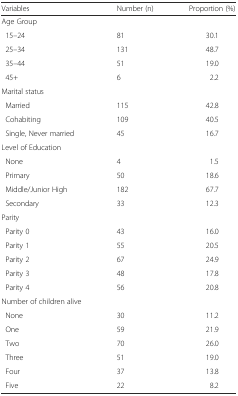
<table><thead><tr><td><b>Variables</b></td><td><b>Number (n)</b></td><td><b>Proportion (%)</b></td></tr></thead><tbody><tr><td>Age Group</td><td></td><td></td></tr><tr><td> 15–24</td><td>81</td><td>30.1</td></tr><tr><td> 25–34</td><td>131</td><td>48.7</td></tr><tr><td> 35–44</td><td>51</td><td>19.0</td></tr><tr><td> 45+</td><td>6</td><td>2.2</td></tr><tr><td>Marital status</td><td></td><td></td></tr><tr><td> Married</td><td>115</td><td>42.8</td></tr><tr><td> Cohabiting</td><td>109</td><td>40.5</td></tr><tr><td> Single, Never married</td><td>45</td><td>16.7</td></tr><tr><td>Level of Education</td><td></td><td></td></tr><tr><td> None</td><td>4</td><td>1.5</td></tr><tr><td> Primary</td><td>50</td><td>18.6</td></tr><tr><td> Middle/Junior High</td><td>182</td><td>67.7</td></tr><tr><td> Secondary</td><td>33</td><td>12.3</td></tr><tr><td>Parity</td><td></td><td></td></tr><tr><td> Parity 0</td><td>43</td><td>16.0</td></tr><tr><td> Parity 1</td><td>55</td><td>20.5</td></tr><tr><td> Parity 2</td><td>67</td><td>24.9</td></tr><tr><td> Parity 3</td><td>48</td><td>17.8</td></tr><tr><td> Parity 4</td><td>56</td><td>20.8</td></tr><tr><td>Number of children alive</td><td></td><td></td></tr><tr><td> None</td><td>30</td><td>11.2</td></tr><tr><td> One</td><td>59</td><td>21.9</td></tr><tr><td> Two</td><td>70</td><td>26.0</td></tr><tr><td> Three</td><td>51</td><td>19.0</td></tr><tr><td> Four</td><td>37</td><td>13.8</td></tr><tr><td> Five</td><td>22</td><td>8.2</td></tr></tbody></table>